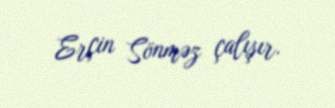
Erçin Sönməz çalışır.